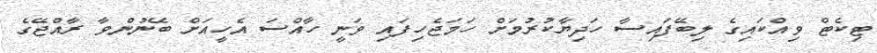
ޓިކެޓް ވިއްކައިގެ ލިބޭފައިސާ ހަދިޔާކުރުމަށް ހަމަޖެހިފައި ވަނީ ހާއްސަ އެހީއަށް ބޭނުންވާ ރާއްޖޭގެ